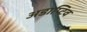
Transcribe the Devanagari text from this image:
अडाप्टिव